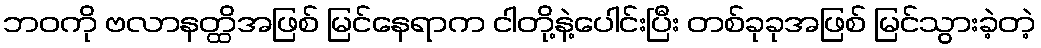
ဘဝကို ဗလာနတ္ထိအဖြစ် မြင်နေရာက ငါတို့နဲ့ပေါင်းပြီး တစ်ခုခုအဖြစ် မြင်သွားခဲ့တဲ့